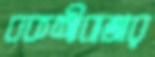
বকশীবাজার